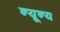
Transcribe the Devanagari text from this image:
न्यून्य